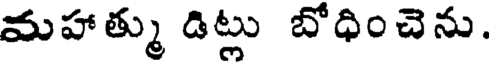
మహాత్ము డిట్లు బోధించెను.